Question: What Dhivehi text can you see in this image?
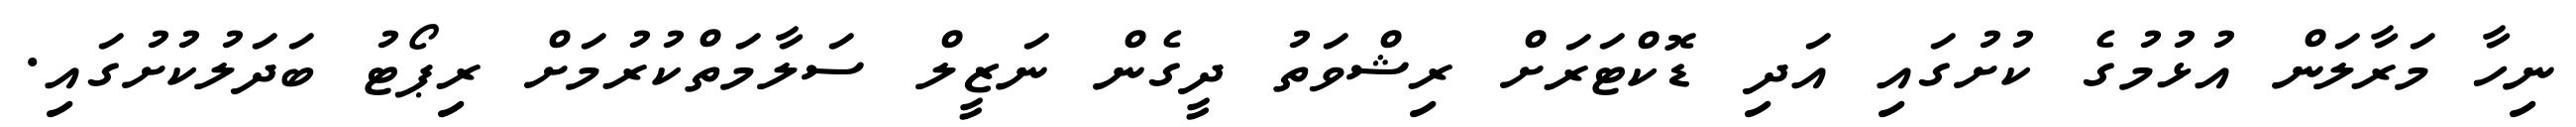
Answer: ނިހާ މަރާލަން އުޅުމުގެ ކުށުގައި އަދި ޑޮކްޓަރަށް ރިޝްވަތު ދީގެން ނަޒީލް ސަލާމަތްކުރުމަށް ރިޕޯޓު ބަދަލުކުށުގައި.